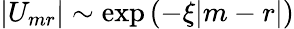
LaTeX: |U_{mr}|\sim\exp{\left(-\xi|m-r|\right)}